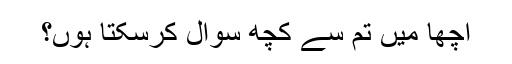
اچھا میں تم سے کچھ سوال کرسکتا ہوں؟